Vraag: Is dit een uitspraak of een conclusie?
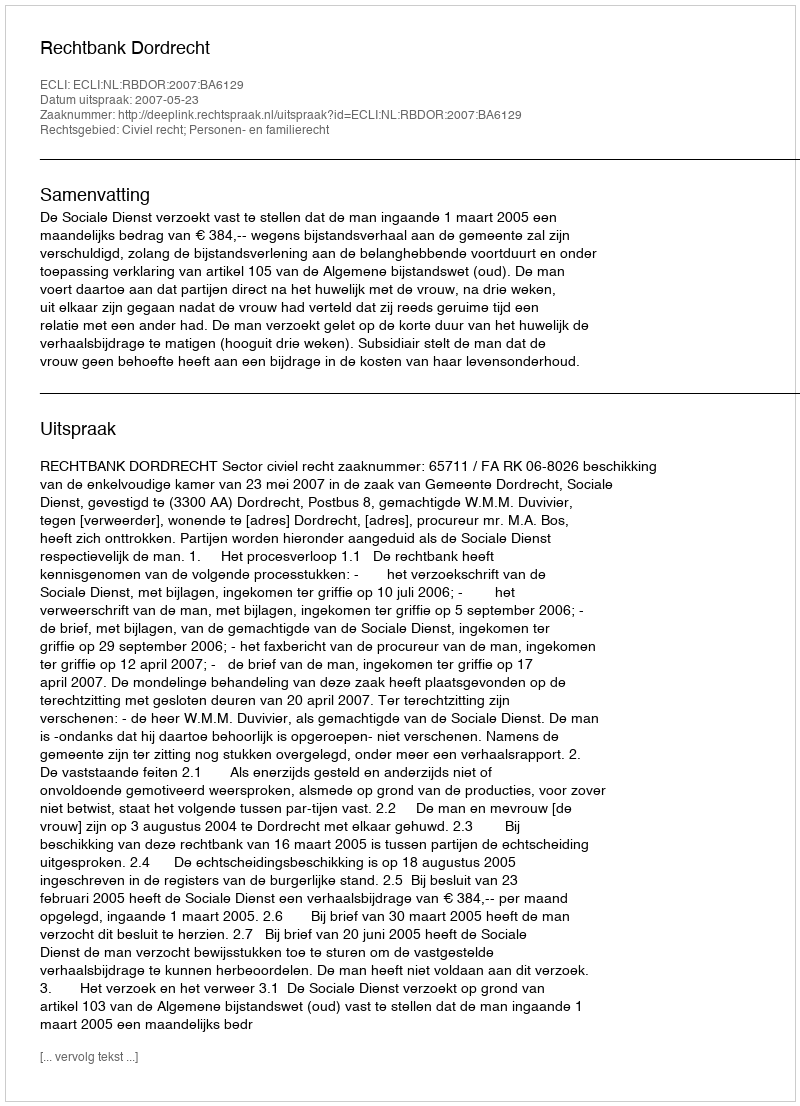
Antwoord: Uitspraak